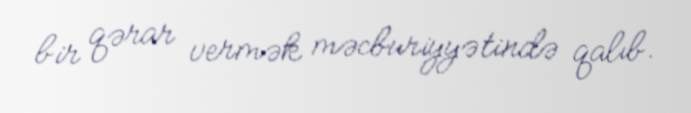
bir qərar vermək məcburiyyətində qalıb.